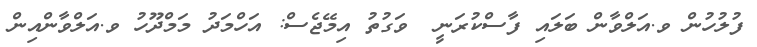
ފުލުހުން ވ.އަލްވާން ބަލައި ފާސްކުރަނީ  ވަގުތު އިމޭޖެސް: އަހްމަދު މަމްދޫހު ވ.އަލްވާންއިން